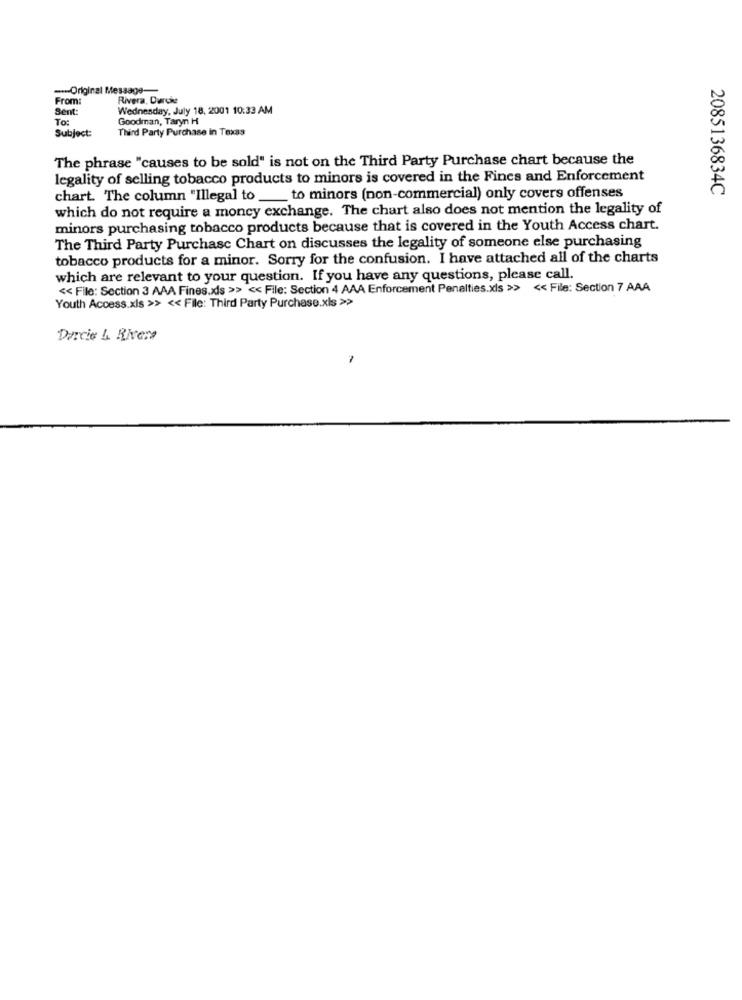
-- Original Message-
From:
Rivera, Darcke
Sent:
Wednesday, July 18, 2001 10:33 AM
To:
Goodman, Taryn H
Subject:
Third Party Purchase in Texas
The phrase "causes to be sold" is not on the Third Party Purchase chart because the
legality of selling tobacco products to minors is covered in the Fines and Enforcement
2085136834C
chart. The column "Illegal to_to minors (non-commercial) only covers offenses
which do not require a moncy exchange. The chart also does not mention the legality of
minors purchasing tobacco products because that is covered in the Youth Access chart.
The Third Party Purchase Chart on discusses the legality of someone else purchasing
tobacco products for a minor. Sorry for the confusion. I have attached all of the charts
which are relevant to your question. If you have any questions, please call.
<< File: Section 3 AAA Fines.xls > << File: Section 4 AAA Enforcement Penalties.xls >> << File: Section 7 AAA
Youth Access.xls >> << File: Third Party Purchase.xls >>
Darcie L Rivera